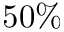
5 0 \%